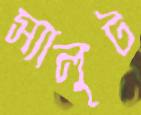
স্যালুট